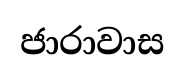
ජාරාවාස